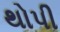
થોપી